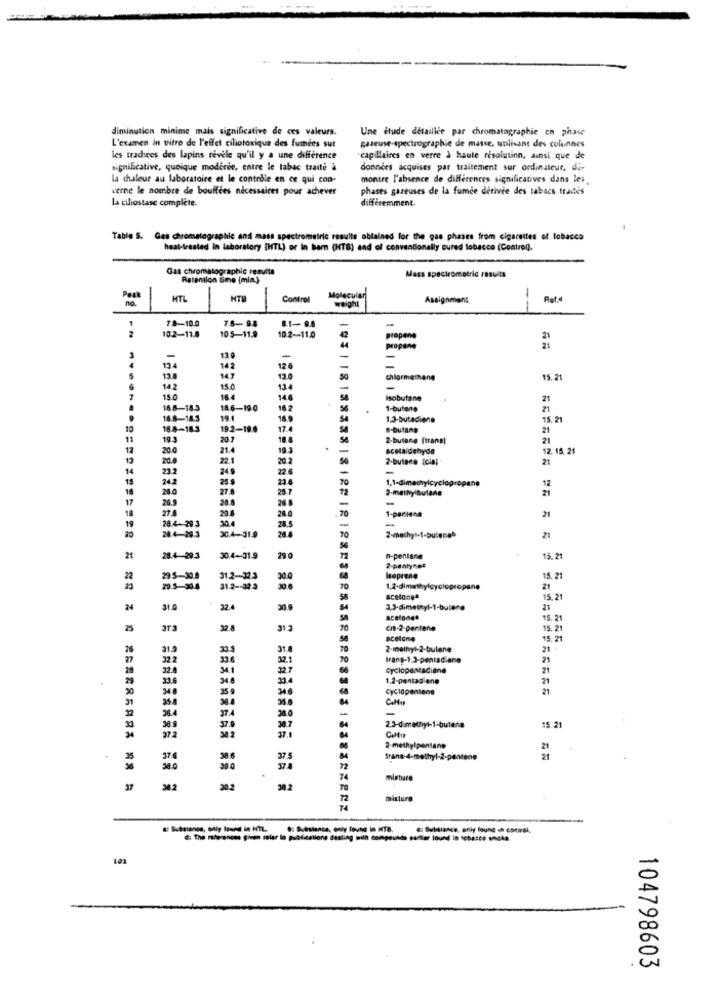
diminution minime mais significative de ces valeurs.
Une étude détaillée par chromatographie en phase
L'examen in vitro de l'effet ciliotoxique des fumées sur
gazeuse-spectrographie de masse, utilisant des colonnes
les tradees des lapins revele qu'il y a une difference
-capillaires en verre à haute résolution, ainsi que de
significative, quoique modérée, entre le tabac traite à
données acquises par traitement sur ordinateur, di-
la chaleur au laboratoire et le contrôle en ce qui con-
montre l'absence de differences significatives dans les
cerne le nombre de bouffées nécessaires pour achever
phases gazeuses de la fumée detivee des tabacs traites
différemment.
la ciliostase complète.
Table S. Ges chromatographie and mass spectrometric results obtained for the gas phases from cigarettes of tobacco
heat-treated in laboratory [HTL) or In barn (HTB) and of conventionally cured tobacco (Control).
Gas chromatographic resulta
Mass spectrometric rasuits
Retention time (mia)
Peak
no.
HTL
HTB
Control
Molecular
weight
Assignment
-
Ref.d
-
7.8-10.0
7.5-98
105-11.9
81- 98
102-11.8
10.2 -- 11.0
42
propene
21
propane
119
-
-
5
134
14.2
12.6
-
13.8
147
chlormethane
15.21
142
15.0
134
-
15.0
16.4
14.6
isobutane
21
16.6-18.3
18.6-19.0
16.2
1-butene
21
16.8-14.3
19.1
16.9
1.3-butadiene
15, 2
10
16.8-183
19.2-19.6
17.
.- butane
21
11
19.3
20.7
10 8
2-butane (trans)
21
12
20.0
21.4
183
acetaldehyde
12. 15. 21
12
20.0
22.1
20.2
50
2-butano (cia)
21
14
23.2
249
22.6
-
15
24.2
25 9
23.6
70
12
18
200
27.8
25.7
1.1-dimethylcyclopropane
21
17
26.9
20.8
26 8
-
27.8
29.8
28.0
-
.70
1-paciene
21
18
30.4
19
28.4-29.3
28.5
24.4
-
-
20
28.4-28.3
30.4-31.9
70
2-methyl-1-butenel
21
21
28.4-29.3
30.4-31.9
1
n-pentane
15.2
2-pentynes
22
29 5-30.0
31.2-32.3
30.0
loprene
5. 21
23
29.5-30.4
31.2 -- 32.3
70
1.2-dimethylcyclopropane
21
acetonea
15.21
24
31.0
32.4
30.9
1.3-dimethyl-1-butane
21
15. 21
31.3
70
Cit-2-Pertene
15.21
15.21
28
33.3
31.
70
21 .
32.2
33.6
37.1
70
Iracp-1,3-peniadiane
21
32.4
34.1
32.7
66
Cyclopestadiaine
21
33.4
1,2-pentad ene
21
346
25 9
346
Cyclopentene
21
354
36.6
31
38.4
37.4
-
30.9
372
64
2.3-dimethyl-$-butene
15.21
37.1
2-methylpentane
21
37.4
375
Brans-4-methyl-2-pant
21
374
72
74
mirbare
37
30.2
30.2
30.2
70
mHiclure
Ci Substance, only found in cotirdi
1.03
104798603